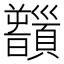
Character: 𩕻